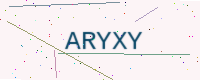
Text: ARYXY